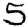
Digit: 5